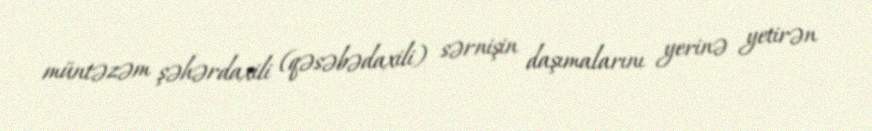
müntəzəm şəhərdaxili (qəsəbədaxili) sərnişin daşımalarını yerinə yetirən